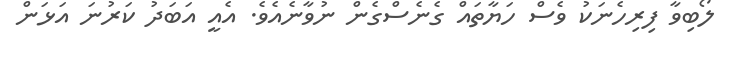
ލޯބިވާ ފިރިހެނަކު ވެސް ހަޔާތައް ގެނެސްގެން ނުވާނެއެވެ. އެއީ އަބަދު ކަރުނަ އަޅަން